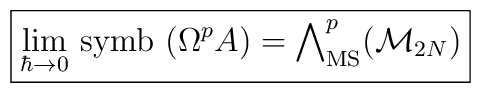
\fbox{$ \displaystyle\lim_{\hbar \to 0} \, {\rm symb} \, \left( \Omega^p A\right) = \bigwedge\nolimits^p_{\rm MS} ({\cal M}_{2N})$}